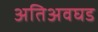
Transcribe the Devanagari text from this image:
अतिअवघड